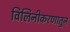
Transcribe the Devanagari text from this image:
विलिनीकरणातून